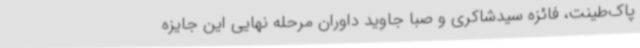
پاک‌طینت، فائزه سیدشاکری و صبا جاوید داوران مرحله‌ نهایی این جایزه